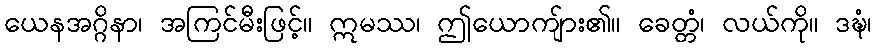
ယေနအဂ္ဂိနာ၊ အကြင်မီးဖြင့်။ ဣမဿ၊ ဤယောကျ်ား၏။ ခေတ္တံ၊ လယ်ကို။ ဒဍ္ဎံ၊